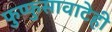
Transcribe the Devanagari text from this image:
फुप्फुसावाटेही